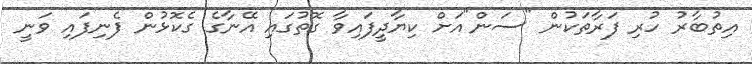
އިތުބާރު ހުރި ފަރާތަކުން "ސަން"އަށް ކިޔާދީފައިވާ ގޮތުގައި އޭނާގެ ގެކޮޅުން ފެނިފައި ވަނީ